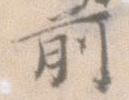
前